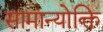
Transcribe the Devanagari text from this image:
सामान्योक्ति